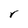
Character: r